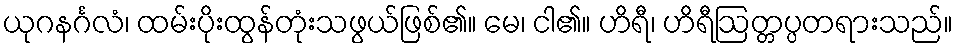
ယုဂနင်္ဂလံ၊ ထမ်းပိုးထွန်တုံးသဖွယ်ဖြစ်၏။ မေ၊ ငါ၏။ ဟိရီ၊ ဟိရီဩတ္တပ္ပတရားသည်။